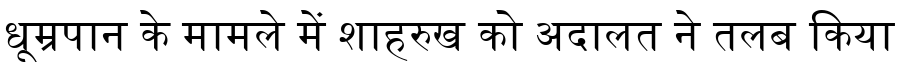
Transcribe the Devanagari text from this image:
धूम्रपान के मामले में शाहरुख को अदालत ने तलब किया